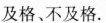
及格、不及格。